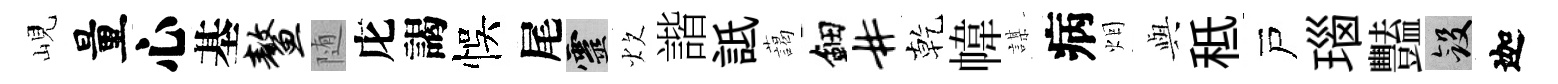
峴量心基鳌随庀謁悞尾靈炊諧詆藹鈿#乾幃謀病烟𫤰秪戸瑙豔斂迦